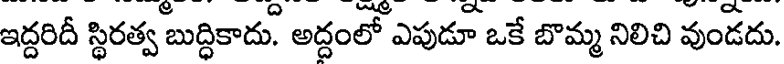
ఇద్దరిదీ స్థిరత్వ బుద్ధికాదు. అద్దంలో ఎపుడూ ఒకే బొమ్మ నిలిచి వుండదు.